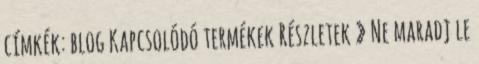
címkék: blog Kapcsolódó termékek Részletek » Ne maradj le